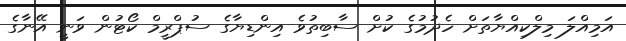
އަމިއްލަ މިލްކިއްޔާތަށް ހެދުމުގެ ކުށް ސާބިތުވެ އިންޑިޔާގެ ސުޕްރީމް ކޯޓުން ވަނީ އޭނާގެ